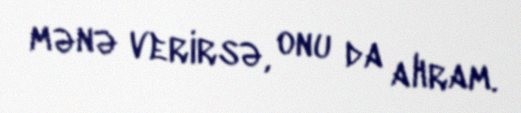
mənə verirsə, onu da alıram.